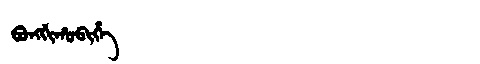
Manchu: ᠪᠣᠩᡤᡳᡥᠣᠪᡳᡥᡝ
Romanization: BONGGIHOBIHE